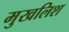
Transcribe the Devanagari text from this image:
मुखलिश